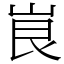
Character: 峎